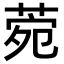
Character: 菀